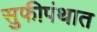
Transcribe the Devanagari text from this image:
सुफीपंथात